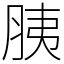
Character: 胰